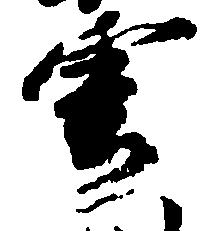
雲